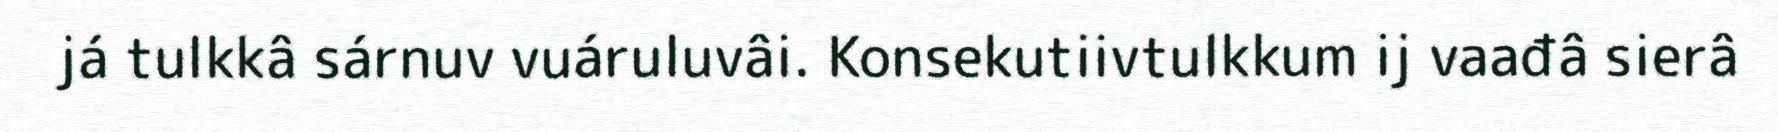
já tulkkâ sárnuv vuáruluvâi. Konsekutiivtulkkum ij vaađâ sierâ